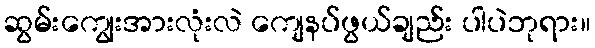
ဆွမ်းကျွေးအားလုံးလဲ ကျေနပ်ဖွယ်ချည်း ပါပဲဘုရား။